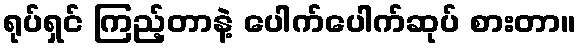
ရုပ်ရှင် ကြည့်တာနဲ့ ပေါက်ပေါက်ဆုပ် စားတာ။